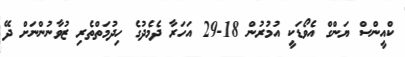
ކްއީންސް ޔަންގް އެވޯޑަކީ އުމުރުން 18-29 އަހަރާ ދެމެދުގެ ހިދުމަތްތެރި ޒުވާނުންނަށް ދޭ